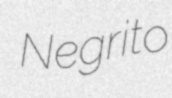
Negrito